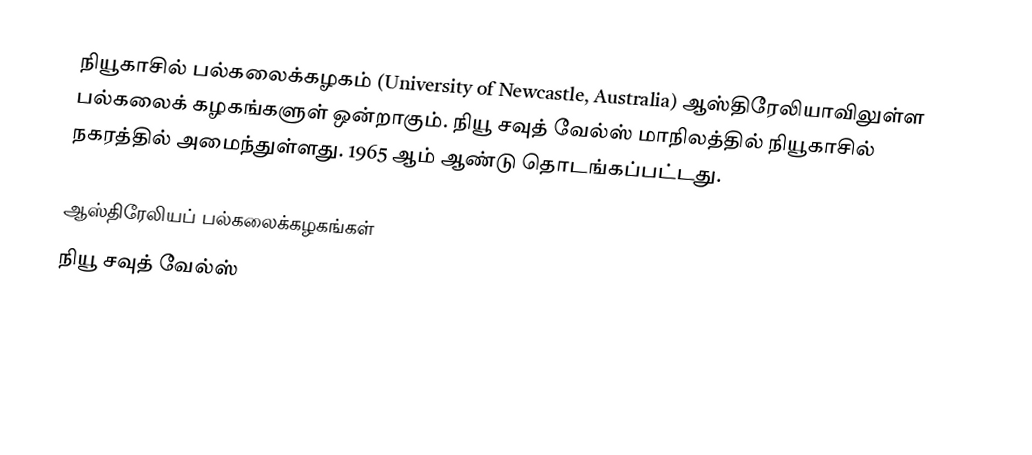
நியூகாசில் பல்கலைக்கழகம் (University of Newcastle, Australia) ஆஸ்திரேலியாவிலுள்ள பல்கலைக் கழகங்களுள் ஒன்றாகும். நியூ சவுத் வேல்ஸ் மாநிலத்தில் நியூகாசில் நகரத்தில் அமைந்துள்ளது. 1965 ஆம் ஆண்டு தொடங்கப்பட்டது.

ஆஸ்திரேலியப் பல்கலைக்கழகங்கள்
நியூ சவுத் வேல்ஸ்